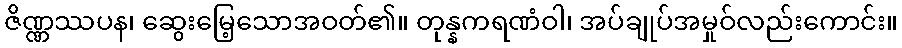
ဇိဏ္ဏဿပန၊ ဆွေးမြေ့သောအဝတ်၏။ တုန္နကရဏံဝါ၊ အပ်ချုပ်အမှုဝ်လည်းကောင်း။